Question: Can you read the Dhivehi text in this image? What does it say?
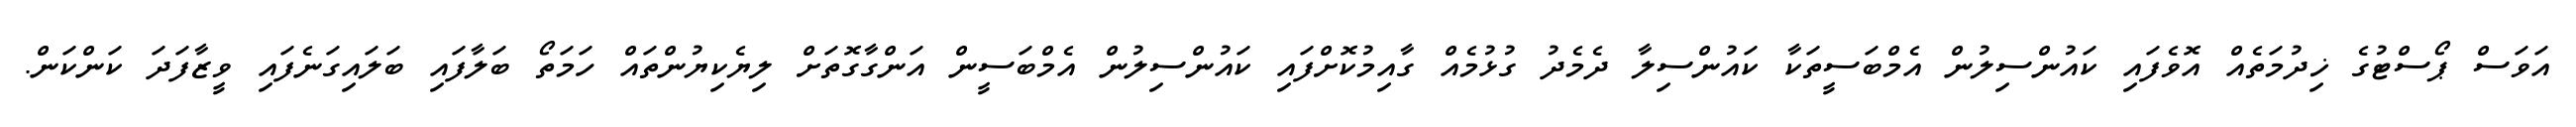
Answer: އަވަސް ޕޯސްޓުގެ ޚިދުމަތެއް އޮވެފައި ކައުންސިލުން އެމްބަސީތަކާ ކައުންސިލާ ދެމެދު ގުޅުމެއް ގާއިމުކޮށްފައި ކައުންސިލުން އެމްބަސީން އަންގާގޮތަށް ލިޔެކިޔުންތައް ހަމަތޯ ބަލާފައި ބަލައިގަނެފައި ވީޒާފަދަ ކަންކަން.